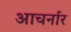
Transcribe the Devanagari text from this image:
आचर्नार